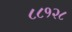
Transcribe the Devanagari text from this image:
८८१२८